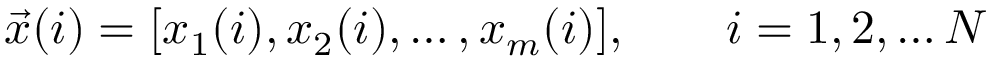
{ \vec { x } } ( i ) = [ x _ { 1 } ( i ) , x _ { 2 } ( i ) , \ldots , x _ { m } ( i ) ] , \qquad i = 1 , 2 , \ldots N